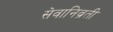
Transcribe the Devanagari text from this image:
सेवानिव्रती